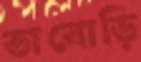
তাবোড়ি